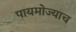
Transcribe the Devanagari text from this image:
पायमोज्याच